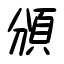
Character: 頒